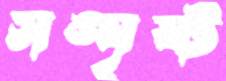
সঙ্ঘৃষ্ট